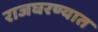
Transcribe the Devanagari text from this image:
राजघरण्यात